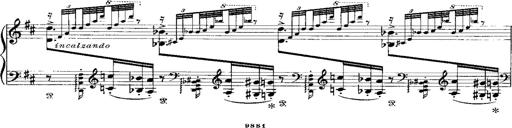
Title: Miserere du Trovatore
Composer: Franz Liszt